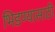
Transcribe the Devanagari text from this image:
भिडण्यासाठी